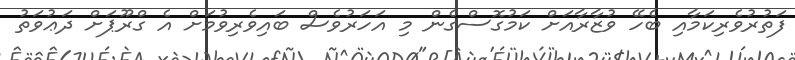
ފަތުރުވެރިކަމާއި ބެހޭ ވުޒާރާއަށް ކަމުގޮސްގެން މި އަހަރުވެސް ބައިވެރިވުމަށް އެ ގްރޫޕަށް ދަޢުވަތު